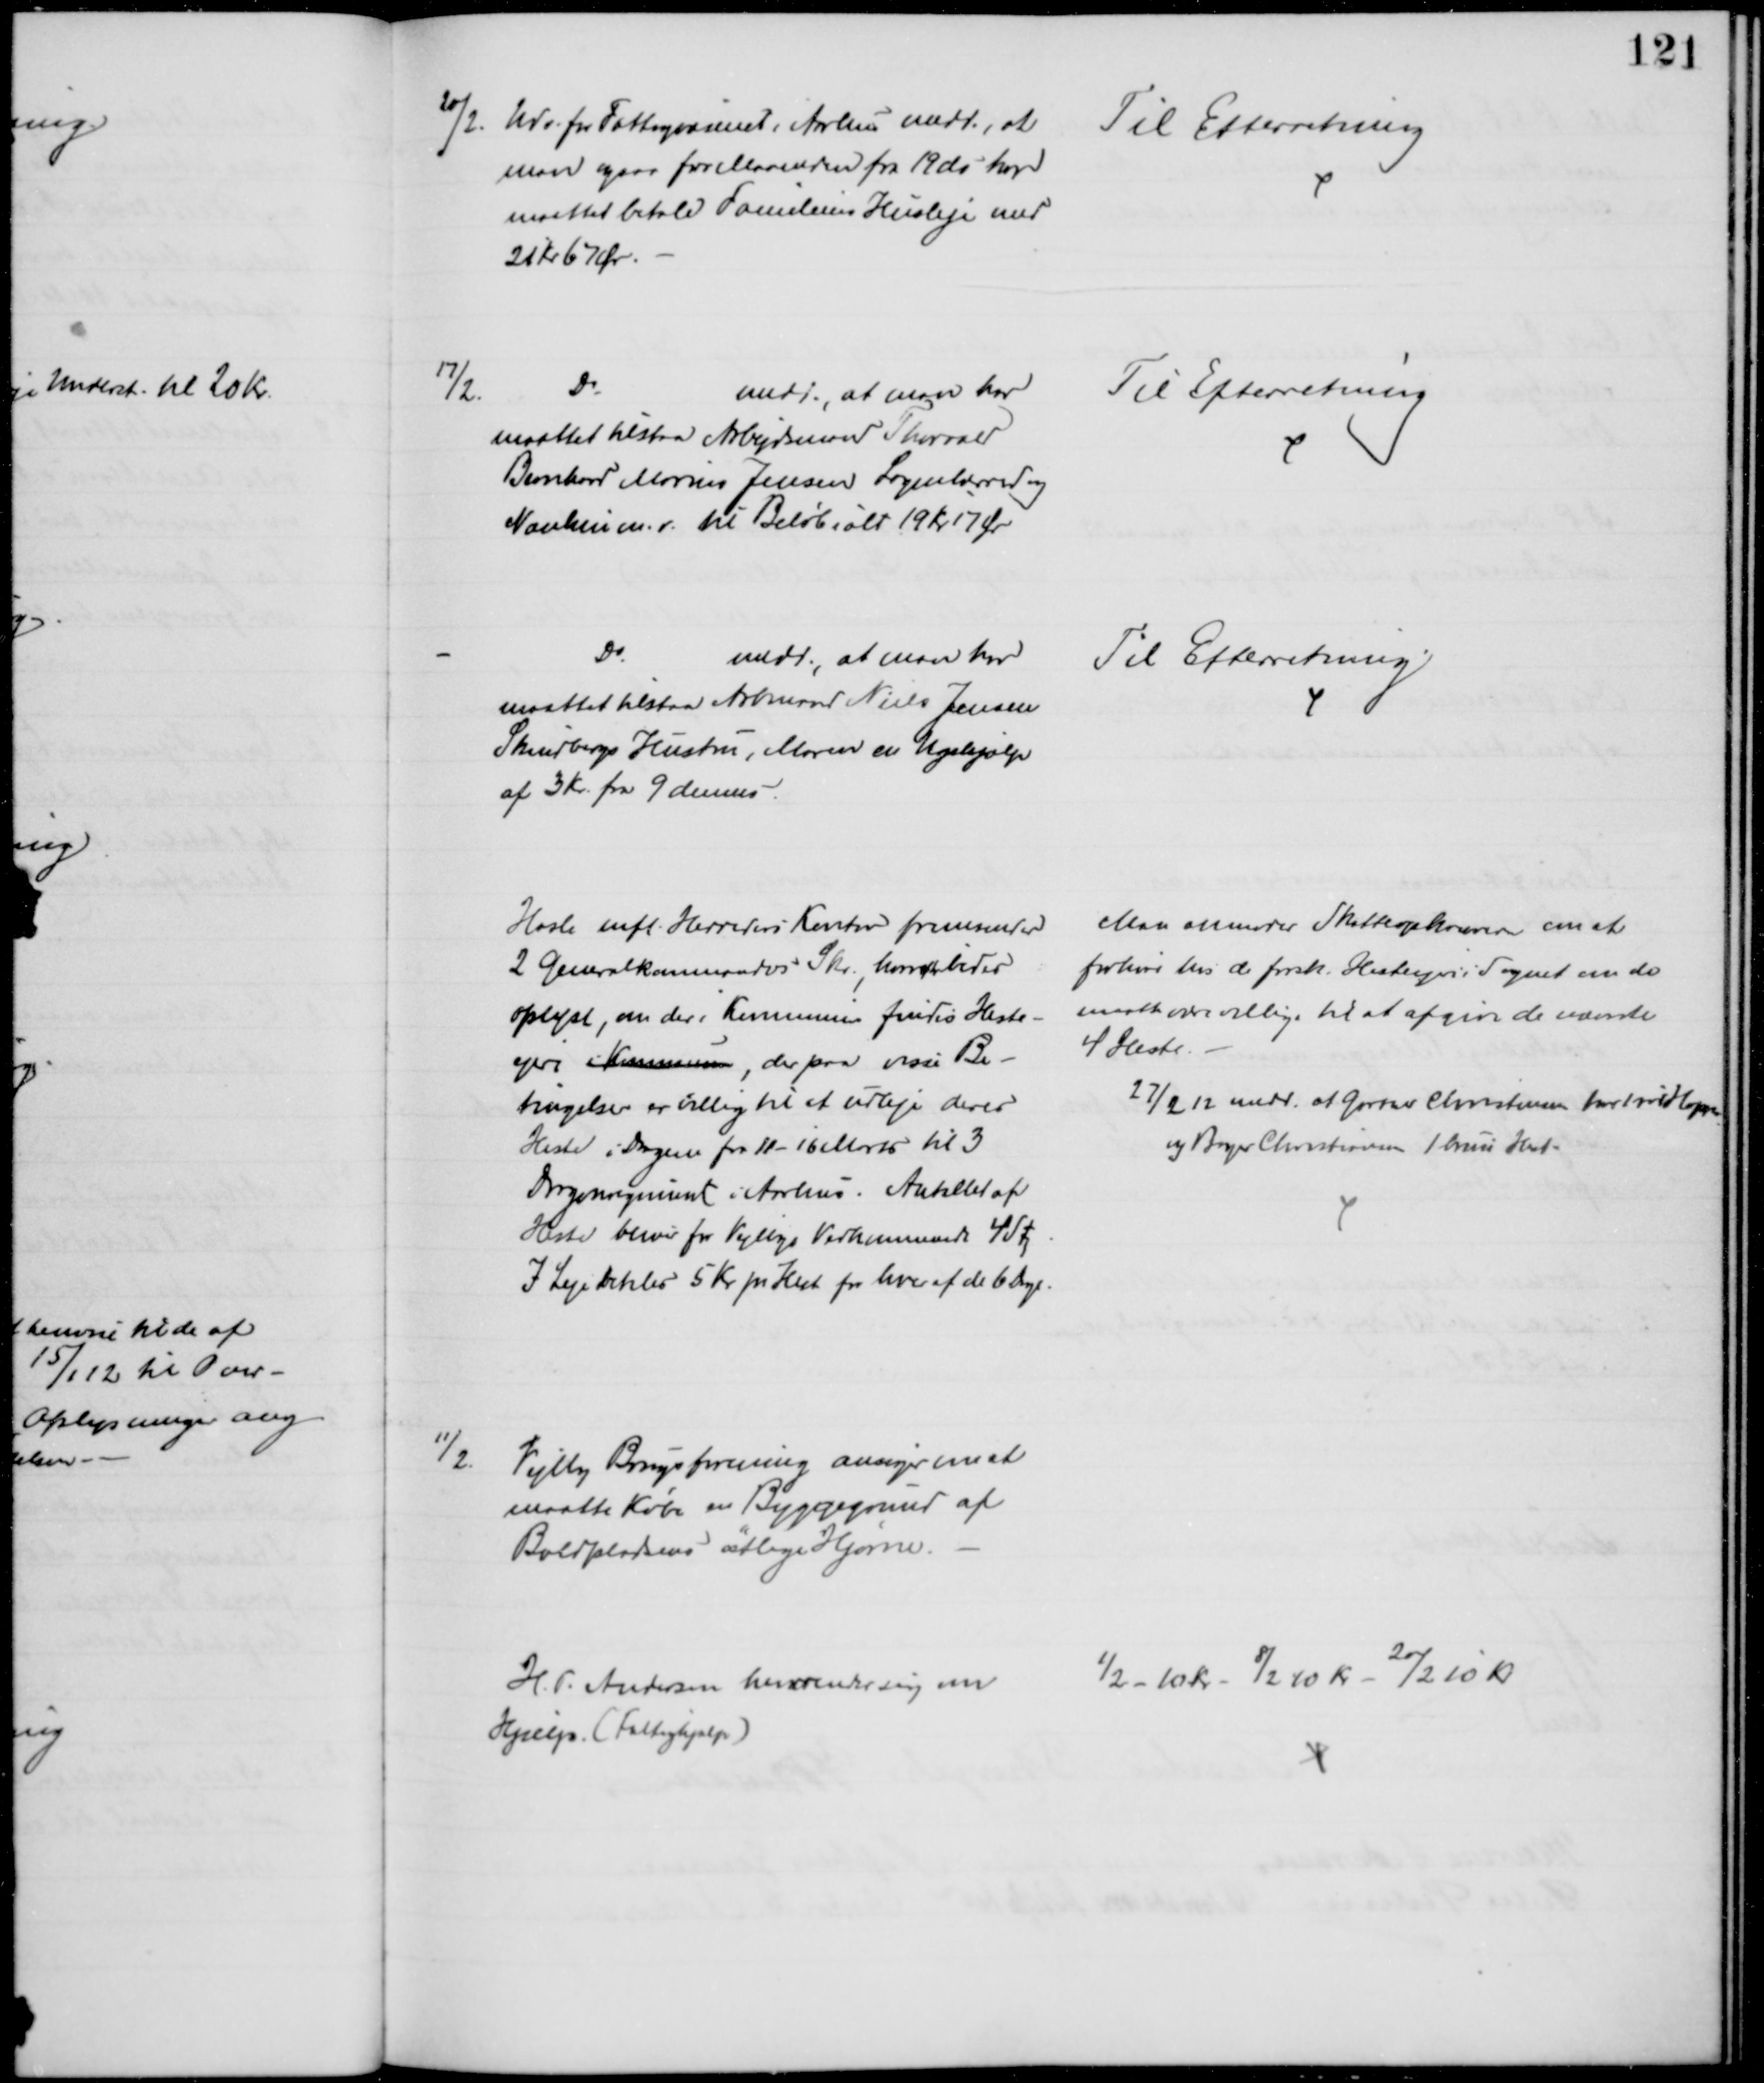
Transskription:
20/2. Udv. for Fattigvæsenet i Århus medd., at
man igen for Maaenden fra 19 ds har
maattet betale Familiens Husleje med
21 Kr 67 Ør.
Til Efterretning
17/2.
Do
medd., at man har
maattet tilstaa Arbejdsmand Thorvald
Bernhard Marius Jensen Lagenlærred og
 m. v. til Beløb ialt 19 Kr 17 Ør
Til Efterretning
Do
medd. at man har
maattet tilstaa Arbmand Niels Jensen
Skindbergs Hustru, Maren en Ugehjælp
af 3 Kr. fra 9 dennes
Til Efterretning
Hasle mfl. Herreders Kontor fremsender
2 Generalkommandos Skr. hvori bedes
oplyst, om der i Kommunen findes Heste-
ejere i Kommunen, der paa visse Be-
tingelser er villig til at udleje deres 
Heste i Dagene fra 11 - 16 Marts til 3
Dragonregiment i Aarhus. Antallet af
Heste bliver for Vejlbys Vedkommende 4 Stk
I Leje betales 5 Kr pr Hest for hver af de 6 Dage.
Man anmoder Skatteopkræveren om at
forhøre hos de forsk. Hesteejere i Sognet om de
maatte være villige til at afgive de nævnte
4 Heste.
27/2 12 medd. at Gartner Christensen har 1 vid Hoppe
og Bager Christiansen 1 brun Hest
11/2.
Vejlby Brugsforening ansøger om at
maatte Købe en Byggegrund af 
Boldpladsens østlige Hjørne
H. T. Andersen hervender sig om
Hjælp. (Fattighjælp)
1/2 - 10 Kr - 8/2 10 Kr - 20/2 10 Kr